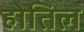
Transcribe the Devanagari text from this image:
होतिल